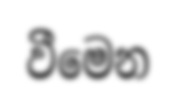
වීමෙන